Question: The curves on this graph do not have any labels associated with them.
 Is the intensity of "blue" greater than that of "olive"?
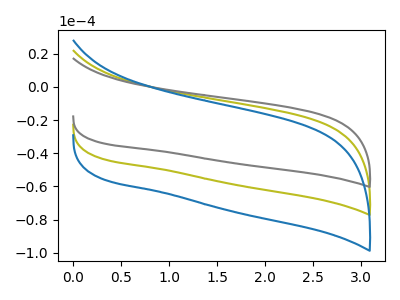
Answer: <think>The olive curve "olive" has no peaks. The gray curve "gray" has no peaks. The blue curve "blue" has no peaks.
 Neither "blue" or "olive" have any peaks.</think>
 <answer>I cant tell if "blue" or "olive" has more signal.</answer>
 <eval>mixed_signal</eval>